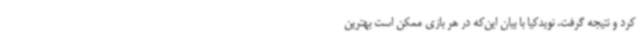
کرد و نتیجه گرفت. نویدکیا با بیان این‌که در هر بازی ممکن است بهترین